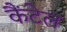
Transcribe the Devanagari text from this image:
कैंटेल